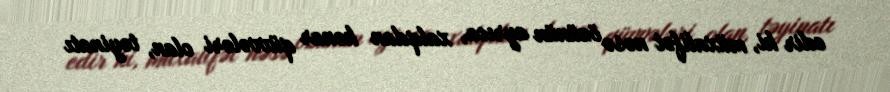
edir ki, müxalifət nəsə özünün ayrıca, xalqdan kənar qüvvələri olan, təyinatı